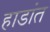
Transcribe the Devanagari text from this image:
हाडांत